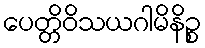
ပေတ္တိဝိသယဂါမိနိဉ္စ